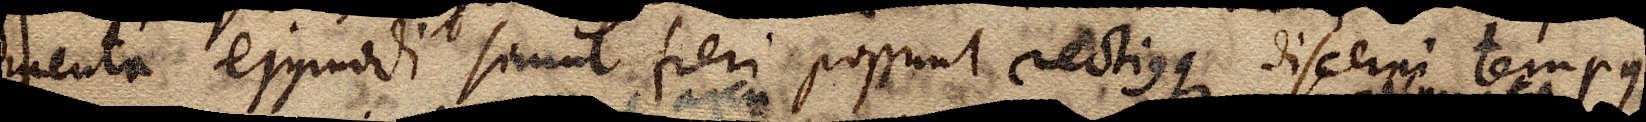
menta ejusmodi simul fieri possunt rectiusque discerni tempus.